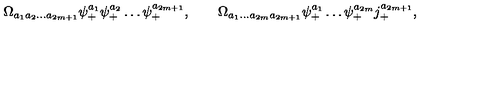
\Omega _ { a _ { 1 } a _ { 2 } \ldots a _ { 2 m + 1 } } \psi _ { + } ^ { a _ { 1 } } \psi _ { + } ^ { a _ { 2 } } \ldots \psi _ { + } ^ { a _ { 2 m + 1 } } , \qquad \Omega _ { a _ { 1 } \ldots a _ { 2 m } a _ { 2 m + 1 } } \psi _ { + } ^ { a _ { 1 } } \ldots \psi _ { + } ^ { a _ { 2 m } } j _ { + } ^ { a _ { 2 m + 1 } } ,